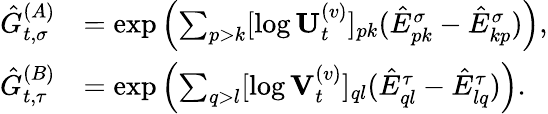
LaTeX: \begin{array}{rl}{\hat{G}_{t,\sigma}^{(A)}}&{=\exp\left(\sum_{p>k}[\log\mathbf{U}_{t}^{(v)}]_{pk}(\hat{E}_{pk}^{\sigma}-\hat{E}_{kp}^{\sigma})\right),}\\ {\hat{G}_{t,\tau}^{(B)}}&{=\exp\left(\sum_{q>l}[\log\mathbf{V}_{t}^{(v)}]_{ql}(\hat{E}_{ql}^{\tau}-\hat{E}_{lq}^{\tau})\right).}\end{array}